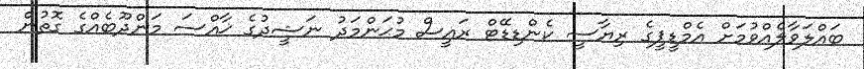
ބައްލަވާލެއްވުމަށް އެމްޑީޕީގެ ރިޔާސީ ކެންޑިޑޭޓް ރައީސް މުޙަންމަދު ނަޝީދުގެ ޚާއްސަ މަންދޫބެއްގެ ގޮތުން